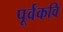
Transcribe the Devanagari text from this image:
पूर्वकवि